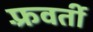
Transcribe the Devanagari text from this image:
फ़्रवर्ती